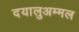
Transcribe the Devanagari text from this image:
दयालुअम्मल